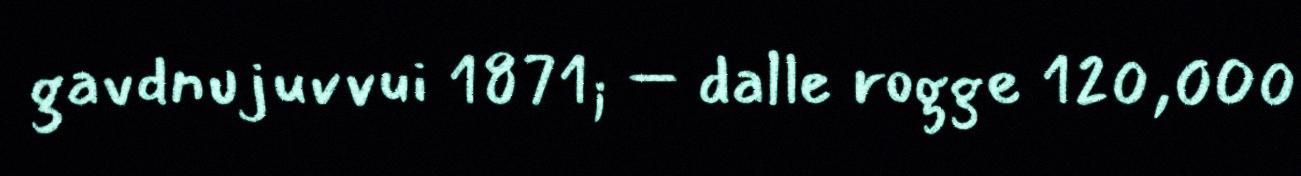
gavdnujuvvui 1871; – dalle rogge 120,000